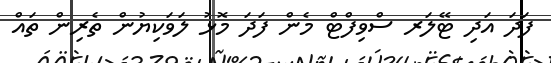
ފަދަ އަދި ޓޭލަރ ސްވިފްޓް މެން ފަދަ މޮޅު ލަވަކިޔުން ތެރިން ތައް